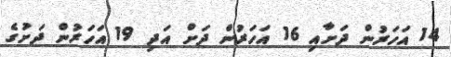
14 އަހަރުން ދަށާއި 16 އަހަރުން ދަށް އަދި 19 އަހަރުން ދަށުގެ